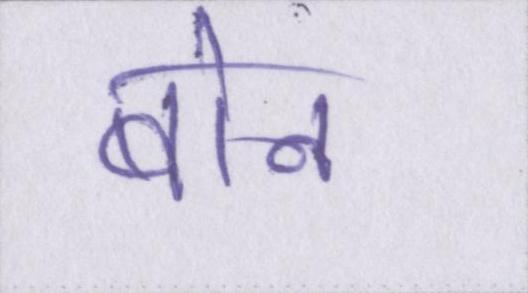
बोन